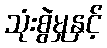
သုံးစွဲမှုနှင့်